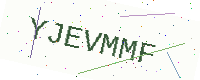
Text: YJEVMMF